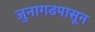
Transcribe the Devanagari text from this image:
जुनागढपासून